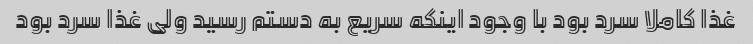
غذا کاملا سرد بود با وجود اینکه سریع به دستم رسید ولی غذا سرد بود